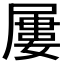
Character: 屢